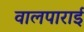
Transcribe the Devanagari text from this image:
वालपाराई